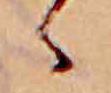
ゝ